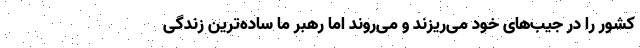
کشور را در جیب‌های خود می‌ریزند و می‌روند اما رهبر ما ساده‌ترین زندگی